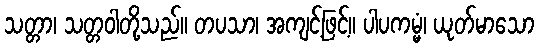
သတ္တာ၊ သတ္တဝါတို့သည်။ တပသာ၊ အကျင့်ဖြင့်။ ပါပကမ္မံ၊ ယုတ်မာသော